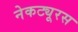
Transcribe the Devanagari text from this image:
नेकट्यूरस